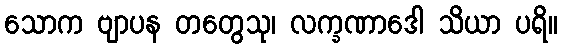
သောက ဗျာပန တတွေသု၊ လက္ခဏာဒေါ သိယာ ပရိ။